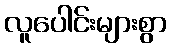
လူပေါင်းများစွာ